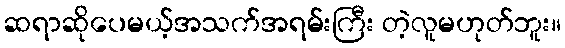
ဆရာဆိုပေမယ့်အသက်အရမ်းကြီး တဲ့လူမဟုတ်ဘူး။